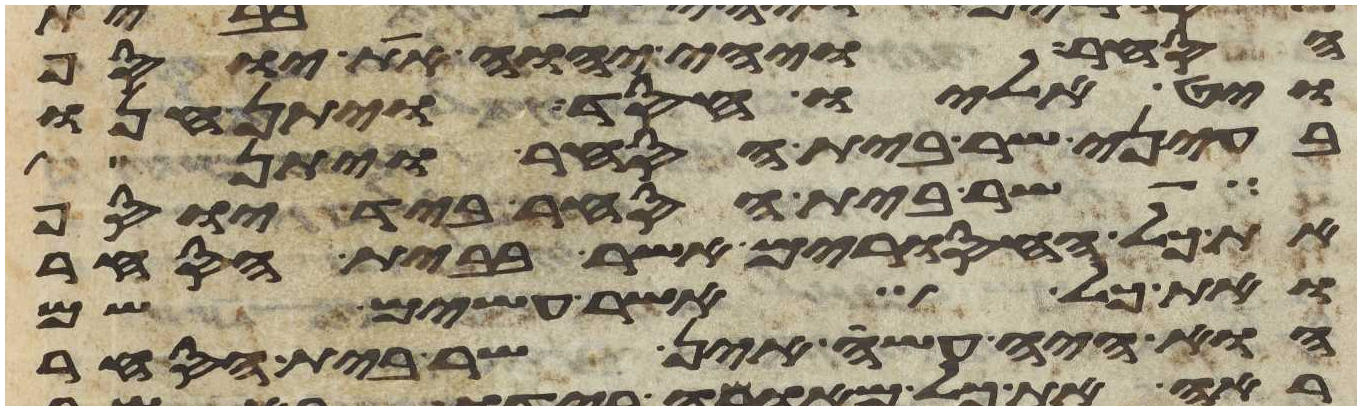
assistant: הסחר ויהי יהוה את יוסף
ויט אליו חסד ויתן חנו
בעיני שר בית הסחר ויתן
שר בית הסחר ביד יוסף
את כל האסורים אשר בבית הסחר
ואת כל אשר עשים שם
הוא היה עשה אין שר בית הסחר